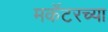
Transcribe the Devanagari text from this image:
मर्केटरच्या